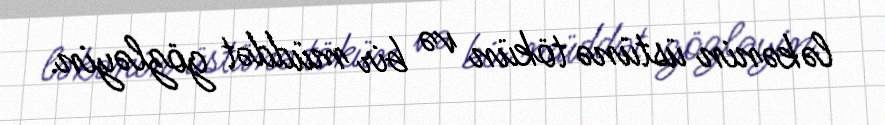
ləkənin üstünə tökün və bir müddət gözləyin.